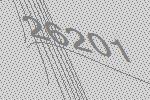
26201